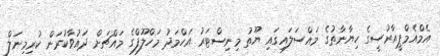
އެމްއެމްޕީއާރުސީގެ ހިޔާނާތުގެ މައްސަލައިގައި ޔޫތު މިނިސްޓަރު އަހްމަދު މަހްލޫފްގެ މައްޗަށް ދައުވާކުރަން ކުރިމިނަލް